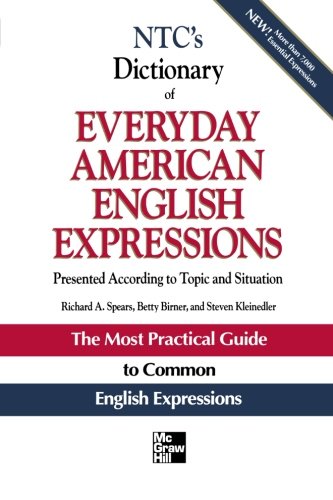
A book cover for NTC's Dictionary of Everyday American English Expressions (McGraw-Hill ESL References); Richard Spears; Reference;